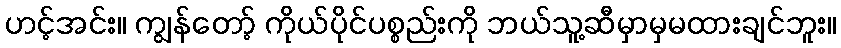
ဟင့်အင်း။ ကျွန်တော့် ကိုယ်ပိုင်ပစ္စည်းကို ဘယ်သူ့ဆီမှာမှမထားချင်ဘူး။